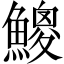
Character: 𩻐